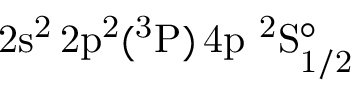
\mathrm { 2 s ^ { 2 } \, 2 p ^ { 2 } ( ^ { 3 } P ) \, 4 p ~ ^ { 2 } S _ { 1 / 2 } ^ { \circ } }